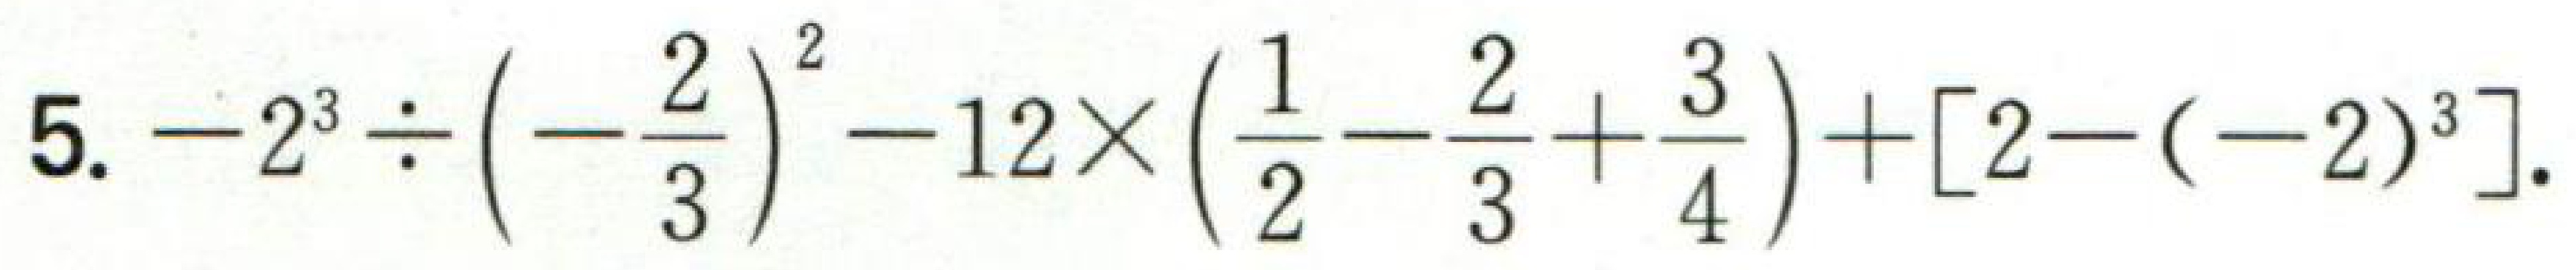
5. \(-2^{3}\div\left(-\frac{2}{3}\right)^{2}-12\times\left(\frac{1}{2}-\frac{2}{3}+\frac{3}{4}\right)+[2-(-2)^{3}]\).